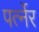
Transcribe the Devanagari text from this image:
पर्त्नेर